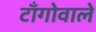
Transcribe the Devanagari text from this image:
टाँगोवाले